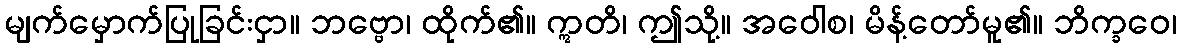
မျက်မှောက်ပြုခြင်းငှာ။ ဘဗ္ဗော၊ ထိုက်၏။ ဣတိ၊ ဤသို့။ အဝေါစ၊ မိန့်တော်မူ၏။ ဘိက္ခဝေ၊